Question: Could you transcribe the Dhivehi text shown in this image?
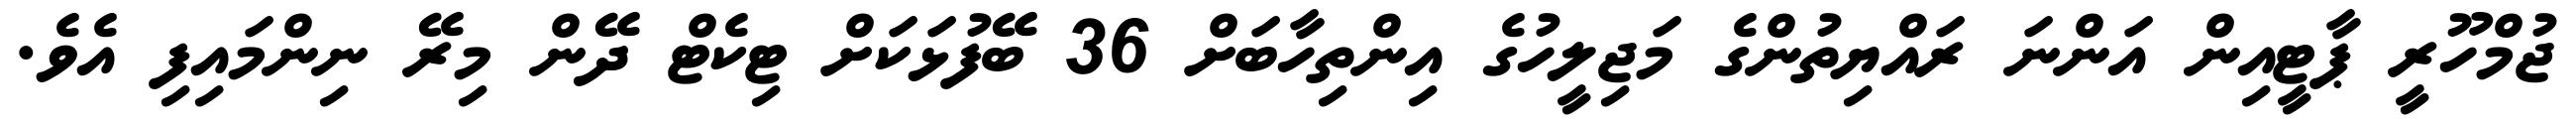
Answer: ޖުމްހޫރީ ޕާޓީއިން އަންނަ ރައްޔިތުންގެ މަޖިލީހުގެ އިންތިހާބަށް 36 ބޭފުޅަކަށް ޓިކެޓް ދޭން މިރޭ ނިންމައިފި އެވެ.